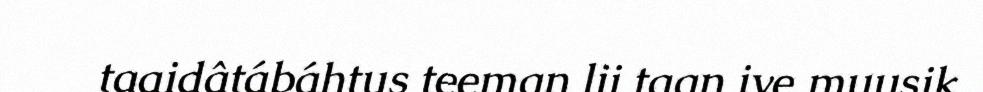
taaidâtábáhtus teeman lii taan ive muusik